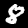
Digit: 8